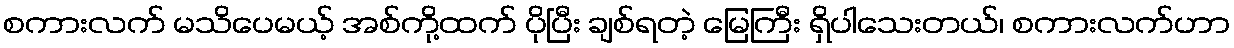
စကားလက် မသိပေမယ့် အစ်ကို့ထက် ပိုပြီး ချစ်ရတဲ့ မြေကြီး ရှိပါသေးတယ်၊ စကားလက်ဟာ